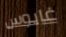
غايوس